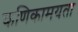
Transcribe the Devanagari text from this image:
कणिकामयता